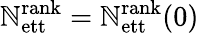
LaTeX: \mathbb{N}_{\mathrm{{ett}}}^{\mathrm{{rank}}}=\mathbb{N}_{\mathrm{{ett}}}^{\mathrm{{rank}}}(0)